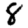
Digit: 8